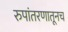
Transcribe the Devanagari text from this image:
रुपांतरणातूनच